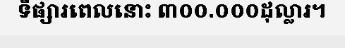
ទីផ្សារពេលនោះ ៣០០.០០០ដុល្លារ។